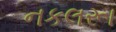
નકલરૂા